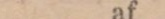
af